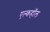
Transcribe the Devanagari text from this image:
एल्कहॉल